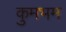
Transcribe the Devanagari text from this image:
कुमभम